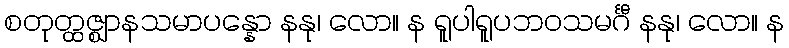
စတုတ္ထဇ္ဈာနသမာပန္နော နနု၊ လော။ န ရူပါရူပဘဝသမင်္ဂီ နနု၊ လော။ န